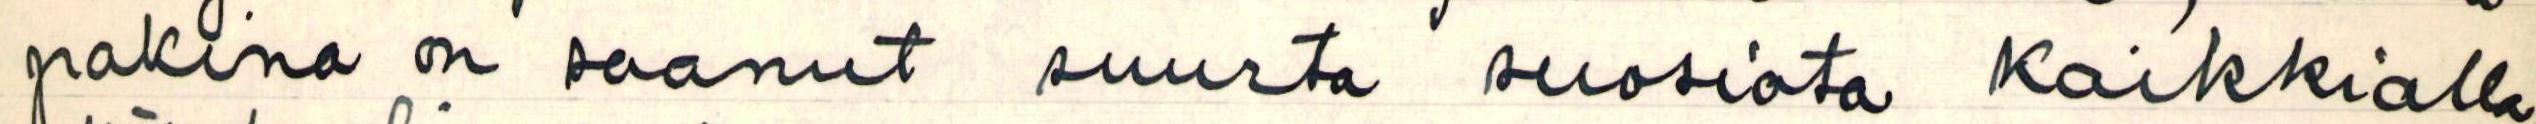
pakina on saanut suurta suosiota Kaikkialla